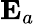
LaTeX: {\mathbf E}_{a}